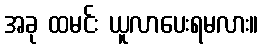
အခု ထမင်း ယူလာပေးရမလား။